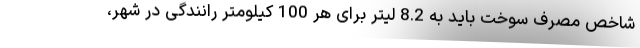
شاخص مصرف سوخت باید به 8.2 لیتر برای هر 100 کیلومتر رانندگی در شهر،